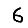
Digit: 6